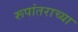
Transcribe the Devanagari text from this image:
रूपांतराच्या